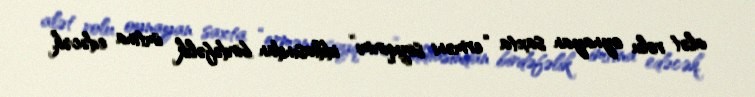
alət rolu oynayan saxta “erməni soyqırımı” iddiasından birdəfəlik imtina edəcək.